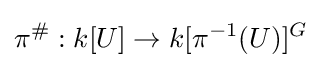
\pi ^{\#}:k[U]\to k[\pi ^{-1}(U)]^{G}